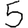
Digit: 5